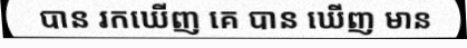
បាន រកឃើញ គេ បាន ឃើញ មាន